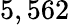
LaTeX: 5,562